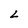
Character: L